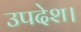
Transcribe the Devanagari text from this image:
उपदेश।